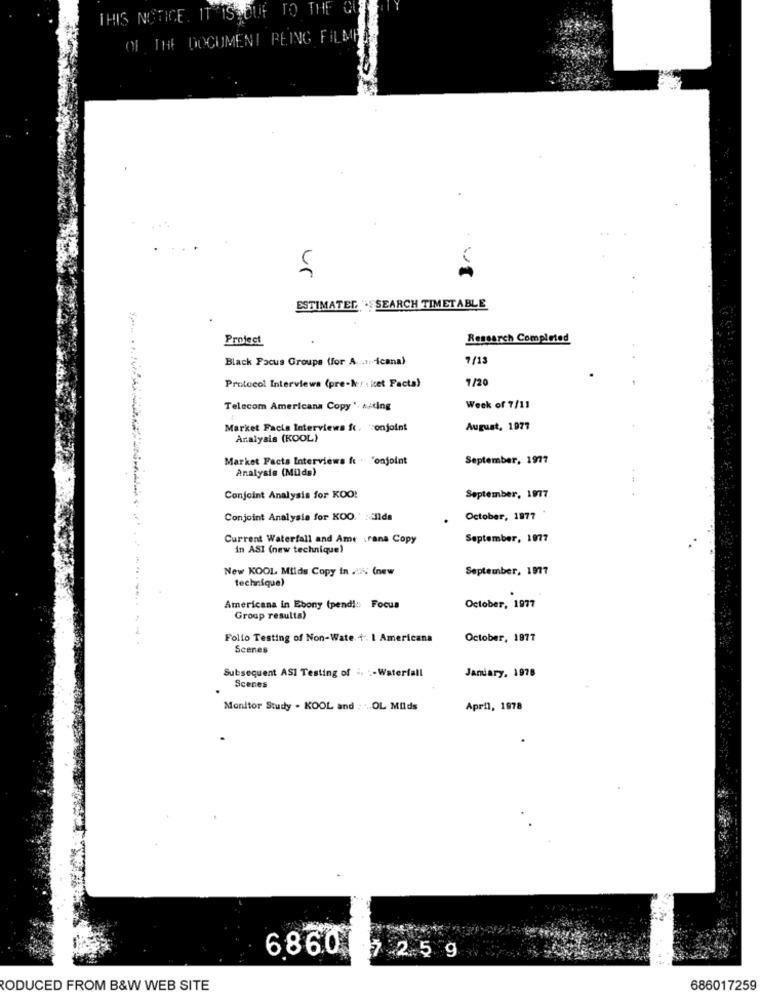
TO
THE
THIS NOTICE. IT ISSOUF
OF THE DOCUMENT PEIN
FILE
ur
ESTIMATER : SEARCH TIMETABLE
Protect
Research Completed
Black Focus Groups (for A .. 4cana)
7/13
7/20
Protocol Interviewa (pre-Nr : icet Facta)
Telecom Americana Copy '. A/ting
Week of 7/11
Market Facts Interviews ft, conjoint
August, 1977
Analysis (KOOL)
Market Facts Interviews ft . 'onjoint
September, 1977
Analysis (Milds)
Conjoint Analysis for KOO!
September, 1977
Conjoint Analysis for KOO.' :allda
October, 1977
Current Waterfall and Ame .rana Copy
September, 1977
in ASI (new technique)
New KOOL Milds Copy in .45% (new
September, 1977
technique)
Americana in Ebony (pend !:: Focus
October, 1977
Group results)
Folio Testing of Non-Wate. +. I Americana
October, 1877
Scenes
Subsequent ASI Testing of .. :- Waterfall
January, 1978
Scenes
Monitor Study . KOOL and ; . OL Milds
April, 1978
6860
7 2.5 9
RODUCED FROM B&W WEB SITE
686017259